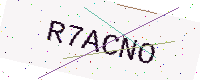
Text: R7ACNO